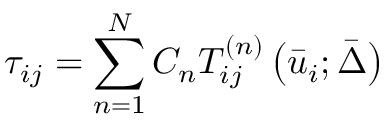
{ \tau _ { i j } } = \sum _ { n = 1 } ^ { N } { { C _ { n } } T _ { i j } ^ { \left( n \right) } \left( { { { \bar { u } } _ { i } } ; \bar { \Delta } } \right) }